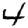
Digit: 4